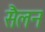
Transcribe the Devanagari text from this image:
सैलन